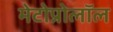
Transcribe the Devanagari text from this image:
मेटोप्रोलॉल